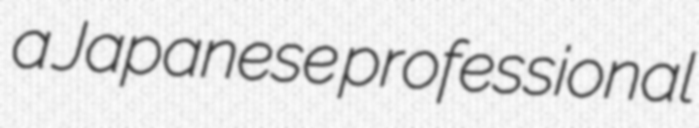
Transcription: a Japanese professional